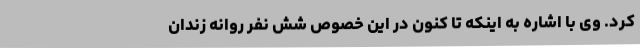
کرد. وی با اشاره به اینکه تا کنون در این خصوص شش نفر روانه زندان